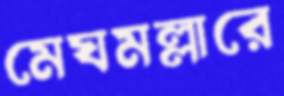
মেঘমল্লারে